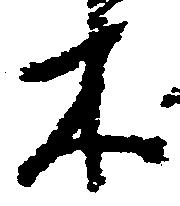
木